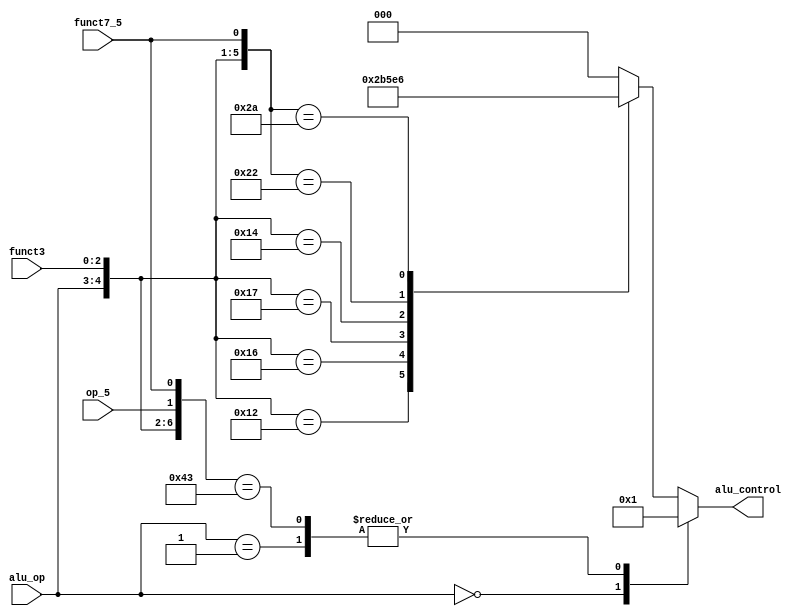
`timescale 1ns / 1ps
// alu_decoder.v
// ALU Decoder
//          Juliana Pineda


module alu_decoder(
    input [1:0] alu_op,
    input op_5,
    input [2:0] funct3,
    input funct7_5,

    output reg [2:0] alu_control
);

    always @(*)
    casex ({alu_op, funct3, op_5, funct7_5})
        7'b00_???_??: alu_control = 3'b000; // Add
        7'b01_???_??: alu_control = 3'b001; // Substract
        7'b10_000_11: alu_control = 3'b001; // Substract
        7'b10_000_??: alu_control = 3'b000; // Add
        7'b10_010_??: alu_control = 3'b101; // SLT
        7'b10_110_??: alu_control = 3'b011; // OR
        7'b10_111_??: alu_control = 3'b010; // AND
        7'b10_100_??: alu_control = 3'b111; // XOR
        7'b10_001_?0: alu_control = 3'b100; // SLL
        7'b10_101_?0: alu_control = 3'b110; // SRL
        default: alu_control = 3'b000;
    endcase

endmodule